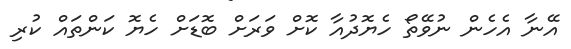
އޭނާ އެހެން ނުވޭތޯ ހެޔޮދުއާ ކޮށް ވަރަށް ބޮޑަށް ހެޔޮ ކަންތައް ކުރި